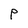
Character: p